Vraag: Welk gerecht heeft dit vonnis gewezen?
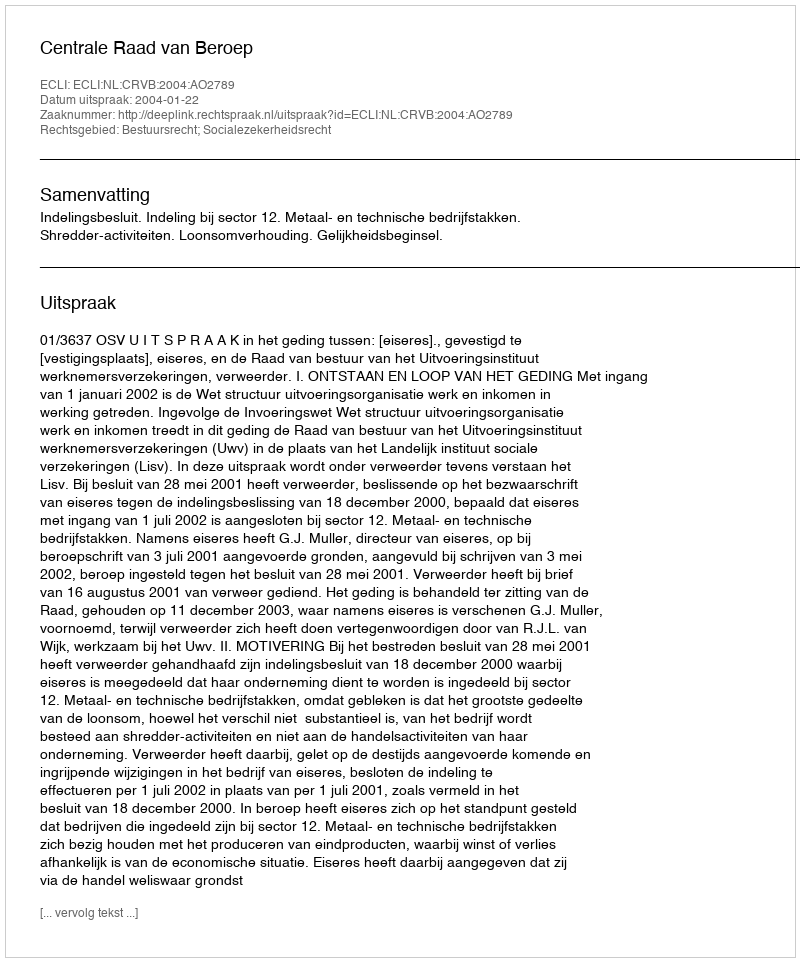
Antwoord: Centrale Raad van Beroep